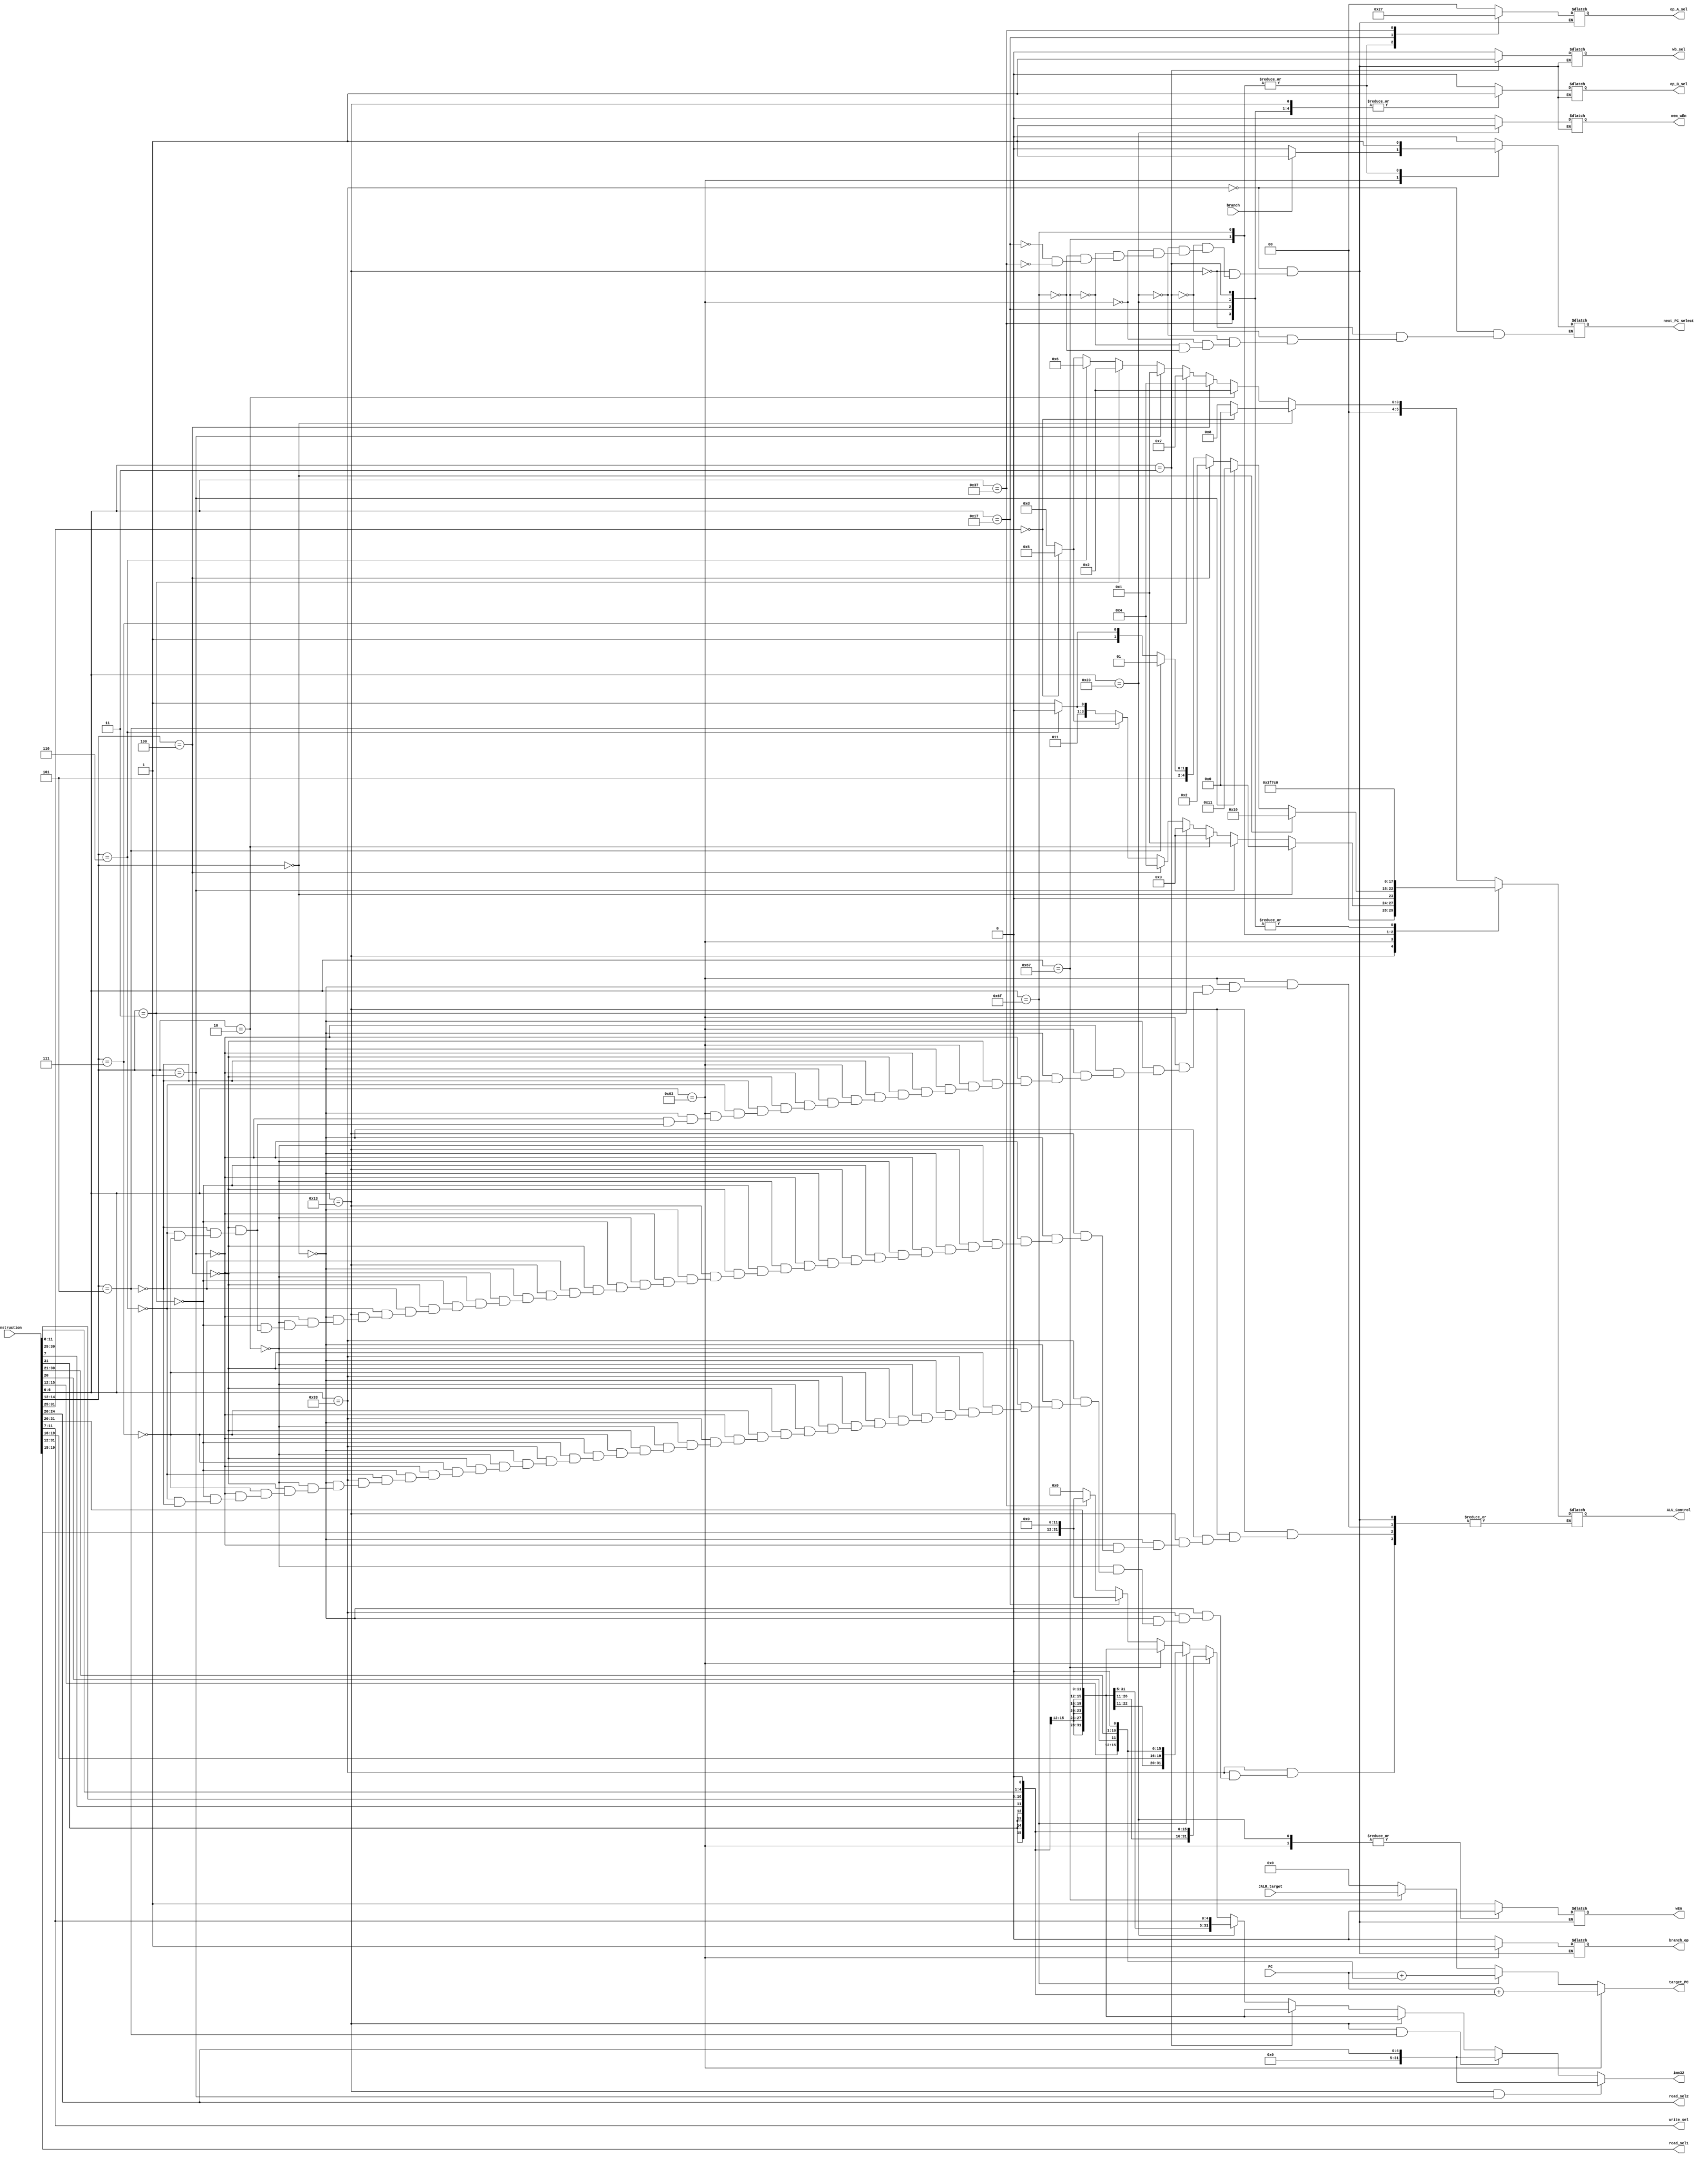
// Name: Mohammed Alsoughayer, Sean Brandenburg
// EC413 Project: Decode Module

module decode #(
  parameter ADDRESS_BITS = 16
) (
  // Inputs from Fetch
  input [ADDRESS_BITS-1:0] PC,
  input [31:0] instruction,

  // Inputs from Execute/ALU
  input [ADDRESS_BITS-1:0] JALR_target,
  input branch,

  // Outputs to Fetch
  output reg next_PC_select,
  output [ADDRESS_BITS-1:0] target_PC,

  // Outputs to Reg File
  output [4:0] read_sel1,
  output [4:0] read_sel2,
  output [4:0] write_sel,
  output reg wEn,

  // Outputs to Execute/ALU
  output reg branch_op, // Tells ALU if this is a branch instruction
  output [31:0] imm32,
  output reg [1:0] op_A_sel,
  output reg op_B_sel,
  output reg [5:0] ALU_Control,

  // Outputs to Memory
  output reg mem_wEn,

  // Outputs to Writeback
  output reg wb_sel

);

localparam [6:0]R_TYPE  = 7'b0110011,
                I_TYPE  = 7'b0010011,
                STORE   = 7'b0100011,
                LOAD    = 7'b0000011,
                BRANCH  = 7'b1100011,
                JALR    = 7'b1100111,
                JAL     = 7'b1101111,
                AUIPC   = 7'b0010111,
                LUI     = 7'b0110111;


// These are internal wires that I used. You can use them but you do not have to.
// Wires you do not use can be deleted.
wire[6:0]  s_imm_msb;
wire[4:0]  s_imm_lsb;
wire[19:0] u_imm;
wire[11:0] i_imm_orig;
wire[20:0] uj_imm;
wire[11:0] s_imm_orig;
wire[12:0] sb_imm_orig;
wire[4:0] shamt;

wire[31:0] sb_imm_32;
wire[31:0] u_imm_32;
wire[31:0] i_imm_32;
wire[31:0] s_imm_32;
wire[31:0] uj_imm_32; // sign extend and and assign the right one 
wire[31:0] shamt_32;

wire [6:0] opcode;
wire [6:0] funct7;
wire [2:0] funct3;
wire [1:0] extend_sel;
wire [ADDRESS_BITS-1:0] branch_target;
wire [ADDRESS_BITS-1:0] JAL_target;


// Read registers
assign read_sel2  = instruction[24:20];
assign read_sel1  = instruction[19:15];

/* Instruction decoding */
assign opcode = instruction[6:0];
assign funct7 = instruction[31:25];
assign funct3 = instruction[14:12];

/* Write register */
assign write_sel = instruction[11:7];

//immediates calculations 
assign s_imm_msb = instruction[31:25];
assign s_imm_lsb = instruction[11:7];
assign s_imm_orig = {s_imm_msb, s_imm_lsb};
assign s_imm_32 = { {20{s_imm_orig[11]}},s_imm_orig}; // S-Type
assign i_imm_orig = instruction[31:20];
assign i_imm_32 = { {20{i_imm_orig[11]}}, i_imm_orig}; // I-type
assign u_imm = instruction[31:12];
assign u_imm_32 = {u_imm, 12'b000000000000}; // U-type
assign sb_imm_orig = {instruction[31], instruction[7], instruction[30:25], instruction[11:8], 1'b0};
assign sb_imm_32 = { {19{sb_imm_orig[12]}}, sb_imm_orig}; //SB-type
assign uj_imm = {instruction[31], instruction[19:12], instruction[20], instruction[30:21], 1'b0};
assign uj_imm_32 = { {11{uj_imm[20]}}, uj_imm}; // UJ-type 
assign shamt = instruction[24:20];
assign shamt_32 = {27'b000000000000000000000000000, shamt};

assign imm32 =  (opcode == 7'b0010011 && funct3 == 3'b001)? shamt_32:  //SLLI
				    (opcode == 7'b0010011 && funct3 == 3'b101)? shamt_32:  //SRLI
					 (opcode == 7'b0010011)? i_imm_32:  //I-type
					 (opcode == 7'b0000011)? i_imm_32:  //Load
					 (opcode == 7'b0100011)? s_imm_32:  //S-type
					 (opcode == 7'b1100011)? sb_imm_32: //Branches
					 (opcode == 7'b1101111)? uj_imm_32: //JAL
					 (opcode == 7'b1100111)? i_imm_32:  //JALR
					 (opcode == 7'b0010111)? u_imm_32:  //Auipc
					 (opcode == 7'b0110111)? u_imm_32:  //Lui
					 0;  //default 

//target PC calculations 					 
assign target_PC = (opcode == 7'b1100011)? (PC + sb_imm_32[15:0]): //branch instructions 
						 (opcode == 7'b1101111)? (PC + uj_imm_32[15:0]): //jal instruction
						 (opcode == 7'b1100111)? JALR_target:				 //jalr instruction 
						 0; //default 
						 
//signal calculations for most wires 
  always @(*) begin 
    case (opcode) 
	   7'b0110011: begin // R-type
		  next_PC_select = 0;
		  branch_op = 0;
		  mem_wEn = 0;
		  op_A_sel = 2'b00;
		  op_B_sel = 0;
		  wb_sel = 0;
		  wEn = 1;
		  if (funct3 == 3'b000) begin 
		    if (funct7 == 7'b0000000) begin 
			   ALU_Control = 6'b000000; //add
			 end else begin 
			   ALU_Control = 6'b001000; //sub
			 end 
		  end else if (funct3 == 3'b010) begin 
		    ALU_Control = 6'b000010; //slt
		  end else if (funct3 == 3'b100) begin 
		    ALU_Control = 6'b000100; //xor
		  end else if (funct3 == 3'b111) begin 
		    ALU_Control = 6'b000111; //and
		  end else if (funct3 == 3'b001) begin
		    ALU_Control = 6'b000001; //sll
		  end else if (funct3 == 3'b011) begin
		    ALU_Control = 6'b000010; //sltu
		  end else if (funct3 == 3'b110) begin
		    ALU_Control = 6'b000110; //or
		  end else if (funct3 == 3'b101) begin
		    if (funct7 == 7'b0000000) begin
			   ALU_Control = 6'b000101; //srl
			 end else begin 
			   ALU_Control = 6'b001101; //sra
			 end 
		  end 
      end 		  
		7'b0010011: begin //I-type
		  next_PC_select = 0;
		  branch_op = 0;
		  mem_wEn = 0;
		  op_A_sel = 2'b00;
		  op_B_sel = 1;
		  wb_sel = 0;
		  wEn = 1;
		  if (funct3 == 3'b000) begin
		    ALU_Control = 6'b000000; //addi 
		  end else if (funct3 == 3'b001) begin
			 ALU_Control = 6'b000001; //slli
		  end else if (funct3 == 3'b010) begin
			 ALU_Control = 6'b000011; //slti
		  end else if (funct3 == 3'b011) begin
			 ALU_Control = 6'b000011; //sltiu
		  end else if (funct3 == 3'b100) begin 
			 ALU_Control = 6'b000100; //xori
		  end else if (funct3 == 3'b101) begin 
		    if (funct7 == 7'b0000000) begin 
			   ALU_Control = 6'b000101; //srli
			 end else begin 
			   ALU_Control = 6'b001101; //srai
			 end
		  end else if (funct3 == 3'b110) begin
		    ALU_Control = 6'b000110; //ori
		  end else if (funct3 == 3'b111) begin 
		    ALU_Control = 6'b000111; //andi
		  end
		end
      7'b0000011: begin //Load
		  next_PC_select = 0;
		  branch_op = 0;
		  mem_wEn = 0;
		  op_A_sel = 2'b00;
		  op_B_sel = 1;
		  wb_sel = 1;
		  wEn = 1;
		  ALU_Control = 6'b000000;
		end 
      7'b0100011: begin //Store
		  next_PC_select = 0;
		  branch_op = 0;
		  mem_wEn = 1;
		  op_A_sel = 2'b00;
		  op_B_sel = 1;
		  wb_sel = 0;
		  wEn = 0;
		  ALU_Control = 6'b000000;
		end
		7'b1100011: begin //Branch 
		  branch_op = 1;
		  mem_wEn = 0;
		  op_A_sel = 2'b00;
		  op_B_sel = 0;
		  wb_sel = 0;
		  wEn = 0;
		  if (branch) begin 
		    next_PC_select = 1;
		  end else begin 
		    next_PC_select = 0;
		  end
		  if (funct3 == 3'b000) begin 
		    ALU_Control = 6'b010000; //beq
		  end else if (funct3 == 3'b001) begin 
		    ALU_Control = 6'b010001; //bne
        end else if (funct3 == 3'b100) begin 
		    ALU_Control = 6'b000010; //blt
        end else if (funct3 == 3'b101) begin 
		    ALU_Control = 6'b010101; //bge
        end else if (funct3 == 3'b110) begin 
		    ALU_Control = 6'b010110; //bltu
        end else if (funct3 == 3'b111) begin 
		    ALU_Control = 6'b010111; //bgeu
        end 
		end
		7'b1100111: begin //Jalr
		  next_PC_select = 1;
		  branch_op = 0;
		  mem_wEn = 0;
		  op_A_sel = 2'b10; // PC + 4
		  op_B_sel = 0;
		  wb_sel = 0;
		  wEn = 1;
		  ALU_Control = 6'b111111;
		end
		7'b1101111: begin //Jal
		  next_PC_select = 1;
		  branch_op = 0;
		  mem_wEn = 0;
		  op_A_sel = 2'b10;  // PC + 4 
		  op_B_sel = 0;
		  wb_sel = 0;
		  wEn = 1;
		  ALU_Control = 6'b011111;
		end
		7'b0010111: begin //Auipc//
		  branch_op = 0;
		  mem_wEn = 0;
		  op_A_sel = 2'b01; // PC
		  op_B_sel = 1;
		  wb_sel = 0;
		  wEn = 1;
		  ALU_Control = 6'b000000;
		end
		7'b0110111: begin //Lui
		  branch_op = 0;
		  mem_wEn = 0;
		  op_A_sel = 2'b11; // hard code zero  
		  op_B_sel = 1;
		  wb_sel = 0;
		  wEn = 1;
		  ALU_Control = 6'b000000;
		end
    endcase 
  end	 



endmodule